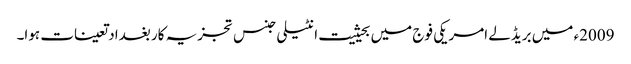
2009ء میں بریڈلے امریکی فوج میں بحیثیت انٹیلی جنس تجزیہ کار بغداد تعینات ہوا۔